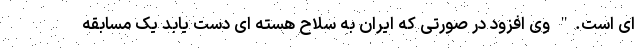
ای است." وی افزود در صورتی که ایران به سلاح هسته ای دست یابد یک مسابقه